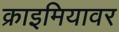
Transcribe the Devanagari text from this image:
क्राइमियावर